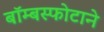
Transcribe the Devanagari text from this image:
बॉम्बस्फोटाने